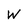
Character: W